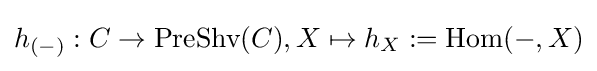
h_{(-)}:C\to {\text{PreShv}}(C),X\mapsto h_{X}:=\operatorname {Hom} (-,X)